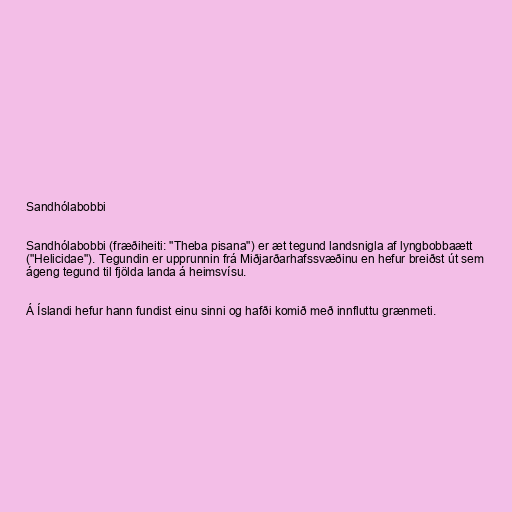
Sandhólabobbi

Sandhólabobbi (fræðiheiti: "Theba pisana") er æt tegund landsnigla af lyngbobbaætt
("Helicidae"). Tegundin er upprunnin frá Miðjarðarhafssvæðinu en hefur breiðst út sem
ágeng tegund til fjölda landa á heimsvísu.

Á Íslandi hefur hann fundist einu sinni og hafði komið með innfluttu grænmeti.